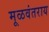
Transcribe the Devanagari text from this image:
मूळवंतराय